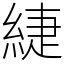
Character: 緁